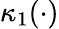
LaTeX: \kappa_{1}(\cdot)